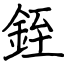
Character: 銍